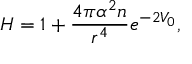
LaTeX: H = 1 + \frac { 4 \pi \alpha ^ { 2 } n } { r ^ { 4 } } e ^ { - 2 V _ { 0 } } ,